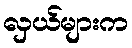
လှယ်များက